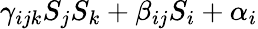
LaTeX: \gamma_{ijk}S_{j}S_{k}+\beta_{ij}S_{i}+\alpha_{i}